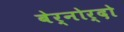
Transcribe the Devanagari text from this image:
बेर्नोर्दो